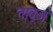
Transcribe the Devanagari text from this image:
तावूज